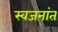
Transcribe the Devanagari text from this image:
स्वजनांत